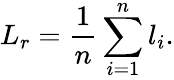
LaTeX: L_{r}=\frac{1}{n}\sum_{i=1}^{n}l_{i}.